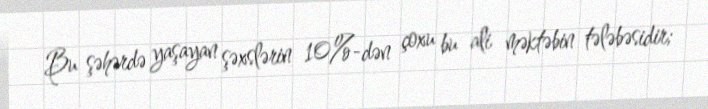
Bu şəhərdə yaşayan şəxslərin 10%-dən çoxu bu ali məktəbin tələbəsidir;